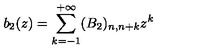
b _ { 2 } ( z ) = \sum _ { k = - 1 } ^ { + \infty } ( B _ { 2 } ) _ { n , n + k } z ^ { k }